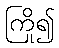
ကြို၍